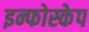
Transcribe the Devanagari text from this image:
इन्फोस्केप